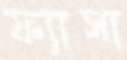
ফ্যাসা